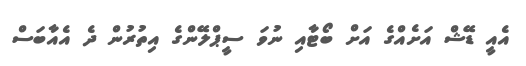
އެއީ ޑޭޝް އަށެއްގެ އަށް ބޯޓާއި ނުވަ ސީޕްލޭންގެ އިތުރުން ދެ އެއާބަސް